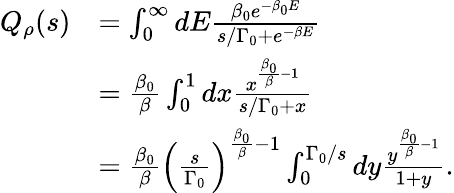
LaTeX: \begin{array}{rl}{Q_{\rho}(s)}&{=\int_{0}^{\infty}dE\frac{\beta_{0}e^{-\beta_{0}E}}{s/\Gamma_{0}+e^{-\beta E}}}\\ &{=\frac{\beta_{0}}{\beta}\int_{0}^{1}dx\frac{x^{\frac{\beta_{0}}{\beta}-1}}{s/\Gamma_{0}+x}}\\ &{=\frac{\beta_{0}}{\beta}\Big(\frac{s}{\Gamma_{0}}\Big)^{\frac{\beta_{0}}{\beta}-1}\int_{0}^{\Gamma_{0}/s}dy\frac{y^{\frac{\beta_{0}}{\beta}-1}}{1+y}.}\end{array}